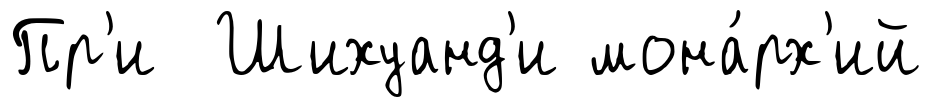
Пр'и Шихуанд'и мона́рх'ий